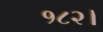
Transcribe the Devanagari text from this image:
१८२।